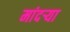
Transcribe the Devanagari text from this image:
मांदऱ्या